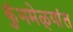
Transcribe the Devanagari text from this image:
कुंभमेळ्यांत